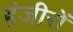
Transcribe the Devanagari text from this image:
हंजीरों